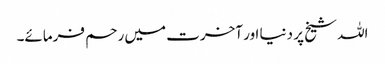
اللہ شیخ پر دنیا اور آخرت میں رحم فرمائے۔